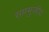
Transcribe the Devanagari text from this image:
सप्तभुजीय